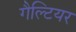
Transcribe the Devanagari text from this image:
गैल्टियर